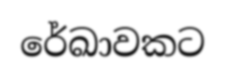
රේඛාවකට